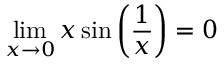
\operatorname* { l i m } _ { x \to 0 } x \sin { \left( { \frac { 1 } { x } } \right) } = 0